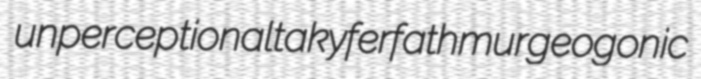
unperceptional taky ferfathmur geogonic